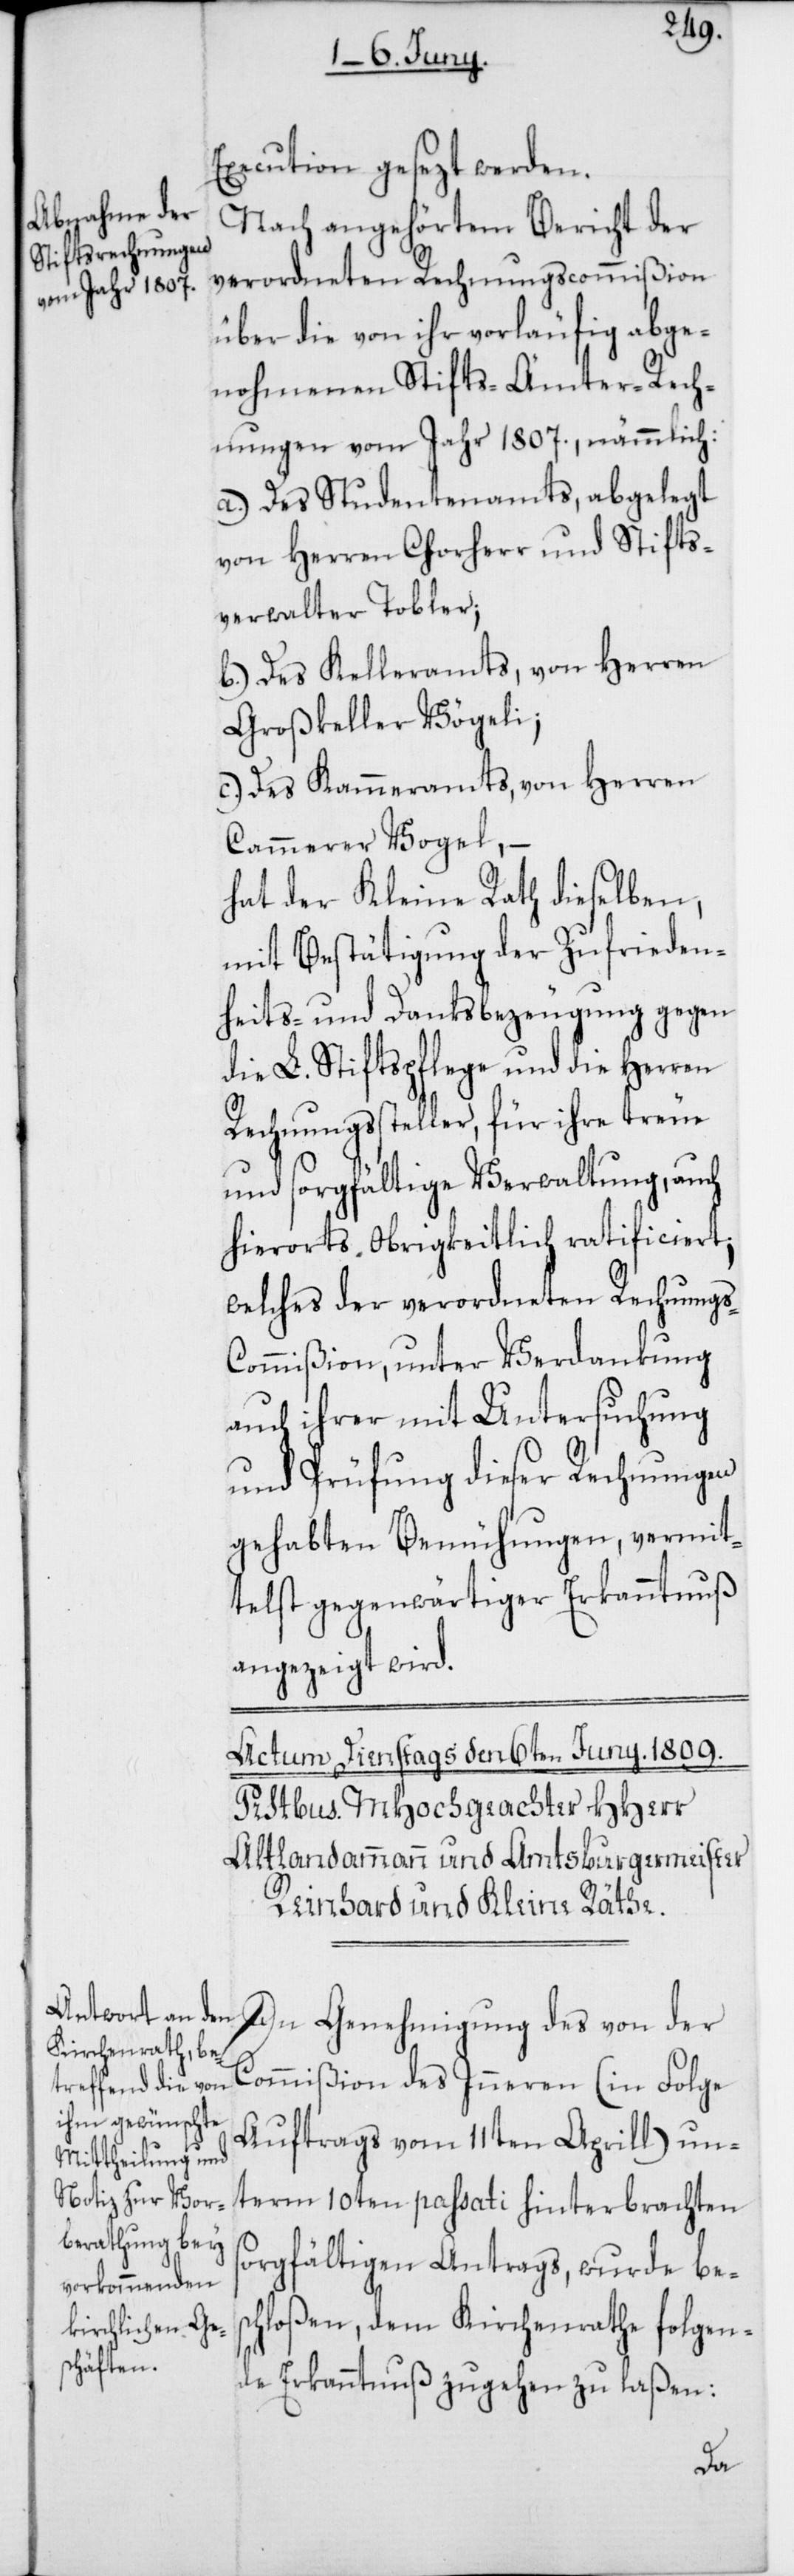
Execution gesezt werden.
Nach angehörtem Bericht der
verordneten Rechnungscommißion
über die von ihr vorläufig abge¬
nohmenen Stifts-Ämter-Rech¬
nungen vom Jahr 1807., nämmlich:
a.) Des Studentenamts, abgelegt
von Herren Chorherr und Stifts¬
verwalter Tobler;
b.) Des Kelleramts, von Herren
Großkeller Vögeli;
c.) Des Kammeramts, von Herren
Kammerer Vogel, –
hat der Kleine Rath dieselben,
mit Bestätigung der Zufrieden¬
heits- und Danksbezeugung gegen
die L. Stiftspflege und die Herren
Rechnungssteller, für ihre treue
und sorgfältige Verwaltung, auch
hierorts Obrigkeitlich ratificiert;
welches der verordneten Rechnungs-C¬
ommißion, unter Verdankung
auch ihrer mit Untersuchung
und Prüfung dieser Rechnungen
gehabten Bemühungen, vermit¬
telst gegenwärtiger Erkanntnuß
angezeigt wird.
Commißion des Inneren (in Folge
s¬
Auftrags vom 11ten Aprill) un¬
term 10ten passati hinterbrachten
orgfältigen Antrags, wurde bes¬
chloßen, dem Kirchenrathe folgen¬
de Erkanntnuß zugehen zu laßen: